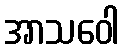
အာသဝေါ